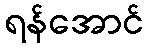
ရန်အောင်